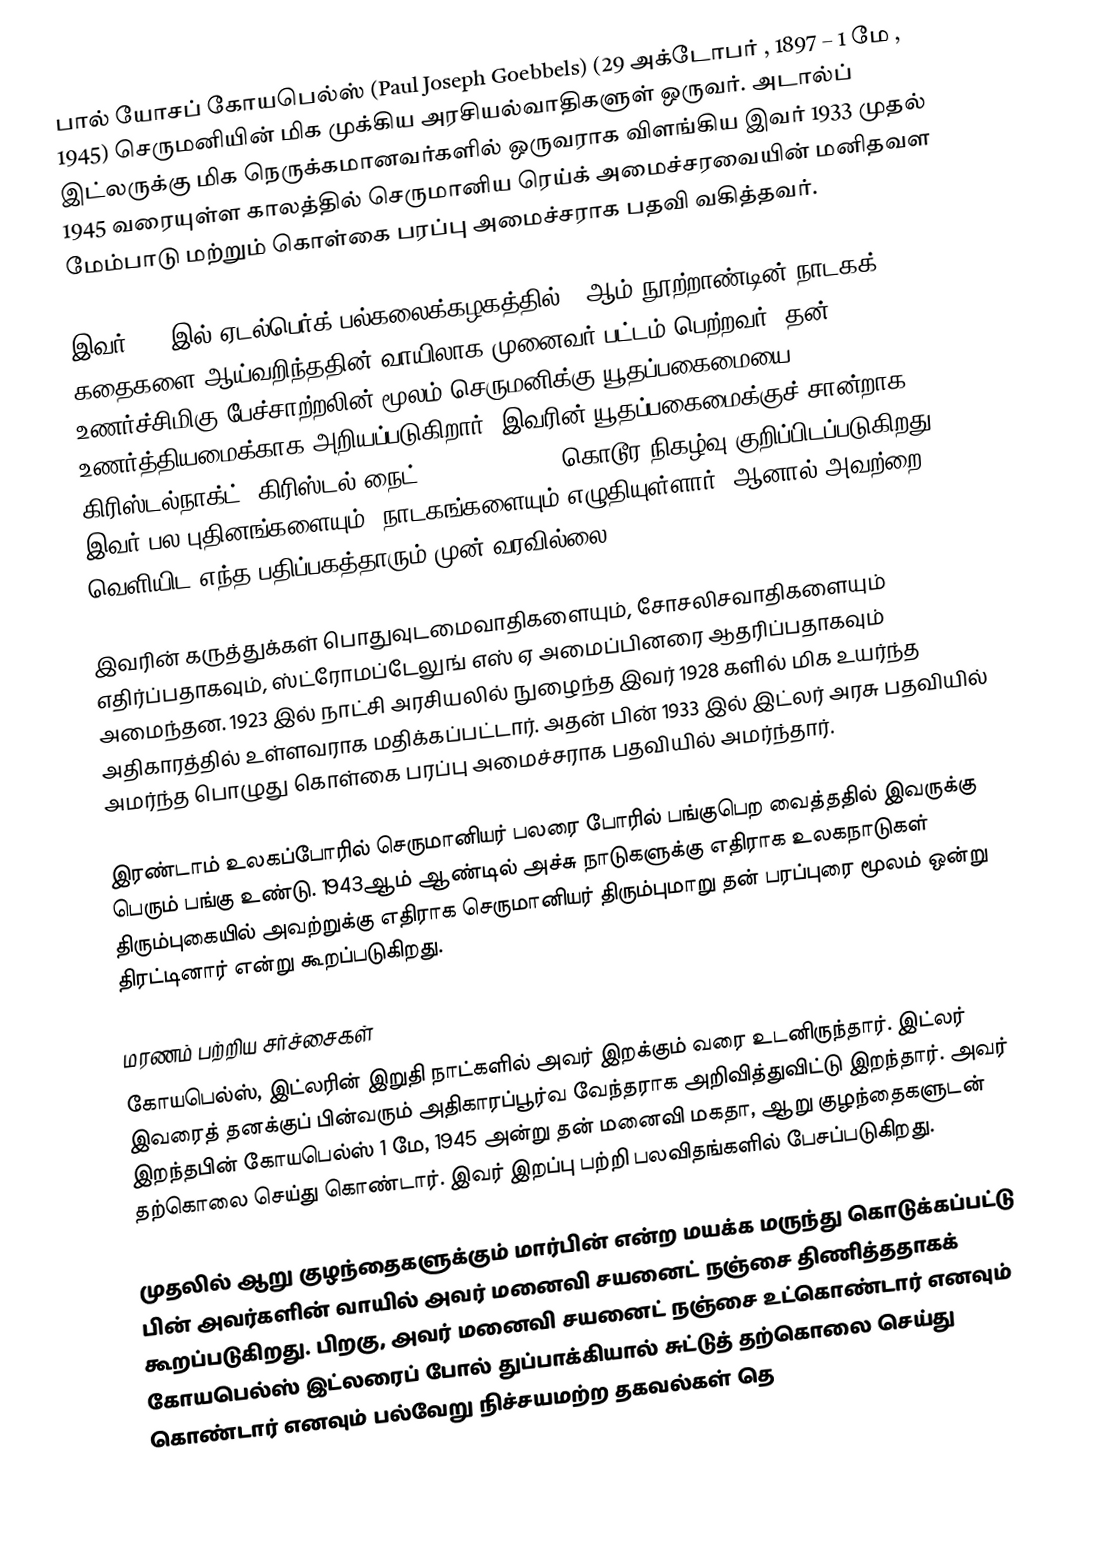
பால் யோசப் கோயபெல்ஸ் (Paul Joseph Goebbels) (29 அக்டோபர் , 1897 – 1 மே , 1945) செருமனியின் மிக முக்கிய அரசியல்வாதிகளுள் ஒருவர். அடால்ப் இட்லருக்கு மிக நெருக்கமானவர்களில் ஒருவராக விளங்கிய இவர்  1933 முதல் 1945 வரையுள்ள காலத்தில் செருமானிய ரெய்க் அமைச்சரவையின் மனிதவள மேம்பாடு மற்றும் கொள்கை பரப்பு அமைச்சராக பதவி வகித்தவர்.

இவர் 1921இல் ஏடல்பெர்க் பல்கலைக்கழகத்தில் 18ஆம் நூற்றாண்டின் நாடகக் கதைகளை ஆய்வறிந்ததின் வாயிலாக முனைவர் பட்டம் பெற்றவர். தன் உணர்ச்சிமிகு பேச்சாற்றலின் மூலம் செருமனிக்கு யூதப்பகைமையை உணர்த்தியமைக்காக அறியப்படுகிறார். இவரின் யூதப்பகைமைக்குச் சான்றாக கிரிஸ்டல்நாக்ட்  (கிரிஸ்டல் நைட்-Crystal Night) கொடூர நிகழ்வு குறிப்பிடப்படுகிறது. இவர் பல புதினங்களையும், நாடகங்களையும் எழுதியுள்ளார். ஆனால் அவற்றை வெளியிட எந்த பதிப்பகத்தாரும் முன் வரவில்லை.

இவரின் கருத்துக்கள் பொதுவுடமைவாதிகளையும், சோசலிசவாதிகளையும் எதிர்ப்பதாகவும், ஸ்ட்ரோமப்டேலுங் எஸ் ஏ அமைப்பினரை ஆதரிப்பதாகவும் அமைந்தன. 1923 இல் நாட்சி அரசியலில் நுழைந்த இவர் 1928 களில் மிக உயர்ந்த அதிகாரத்தில் உள்ளவராக மதிக்கப்பட்டார். அதன் பின் 1933 இல் இட்லர் அரசு பதவியில் அமர்ந்த பொழுது கொள்கை பரப்பு அமைச்சராக பதவியில் அமர்ந்தார்.

இரண்டாம் உலகப்போரில் செருமானியர் பலரை போரில் பங்குபெற வைத்ததில் இவருக்கு பெரும் பங்கு உண்டு. 1943ஆம் ஆண்டில் அச்சு நாடுகளுக்கு எதிராக உலகநாடுகள் திரும்புகையில் அவற்றுக்கு எதிராக செருமானியர் திரும்புமாறு தன் பரப்புரை மூலம் ஒன்று திரட்டினார் என்று கூறப்படுகிறது.

மரணம் பற்றிய சர்ச்சைகள்
கோயபெல்ஸ், இட்லரின் இறுதி நாட்களில் அவர் இறக்கும் வரை உடனிருந்தார். இட்லர் இவரைத் தனக்குப் பின்வரும் அதிகாரப்பூர்வ வேந்தராக அறிவித்துவிட்டு இறந்தார். அவர் இறந்தபின் கோயபெல்ஸ்  1 மே, 1945 அன்று தன் மனைவி மகதா, ஆறு  குழந்தைகளுடன் தற்கொலை செய்து கொண்டார். இவர் இறப்பு பற்றி பலவிதங்களில் பேசப்படுகிறது.

முதலில் ஆறு குழந்தைகளுக்கும் மார்பின் என்ற மயக்க மருந்து கொடுக்கப்பட்டு பின் அவர்களின் வாயில் அவர் மனைவி சயனைட் நஞ்சை திணித்ததாகக் கூறப்படுகிறது. பிறகு, அவர் மனைவி சயனைட் நஞ்சை உட்கொண்டார் எனவும் கோயபெல்ஸ் இட்லரைப் போல் துப்பாக்கியால் சுட்டுத் தற்கொலை செய்து கொண்டார் எனவும் பல்வேறு நிச்சயமற்ற தகவல்கள் தெ